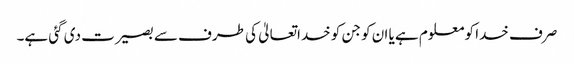
صرف خدا کو معلوم ہے یا ان کو جن کو خداتعالیٰ کی طرف سے بصیرت دی گئی ہے۔